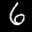
Label: 6